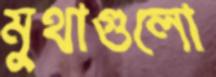
মুথাগুলো